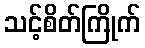
သင့်စိတ်ကြိုက်